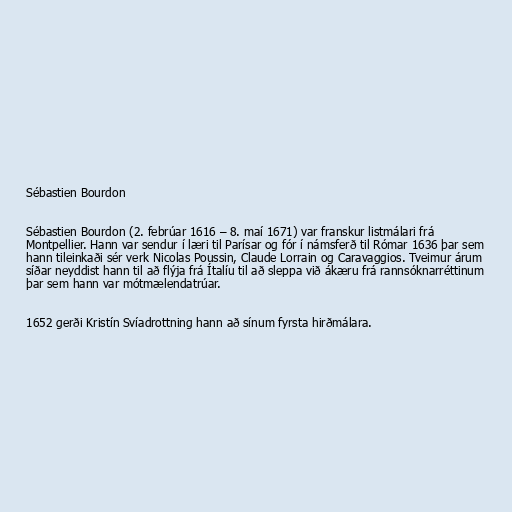
Sébastien Bourdon

Sébastien Bourdon (2. febrúar 1616 – 8. maí 1671) var franskur listmálari frá
Montpellier. Hann var sendur í læri til Parísar og fór í námsferð til Rómar 1636 þar sem
hann tileinkaði sér verk Nicolas Poussin, Claude Lorrain og Caravaggios. Tveimur árum
síðar neyddist hann til að flýja frá Ítalíu til að sleppa við ákæru frá rannsóknarréttinum
þar sem hann var mótmælendatrúar.

1652 gerði Kristín Svíadrottning hann að sínum fyrsta hirðmálara.